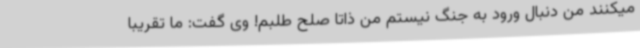
میکنند من دنبال ورود به جنگ نیستم من ذاتا صلح طلبم! وی گفت: ما تقریبا